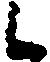
候